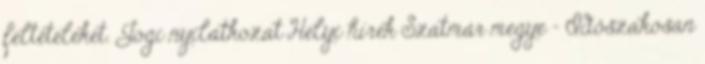
feltételeket. Jogi nyilatkozat Helyi hírek Szatmár megye – Időszakosan